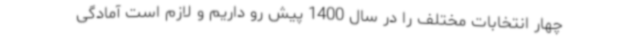
چهار انتخابات مختلف را در سال 1400 پیش رو داریم و لازم است آمادگی